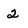
Character: 2